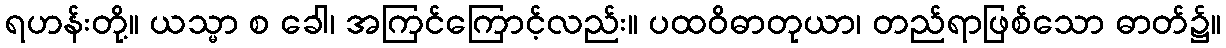
ရဟန်းတို့။ ယသ္မာ စ ခေါ၊ အကြင်ကြောင့်လည်း။ ပထဝိဓာတုယာ၊ တည်ရာဖြစ်သော ဓာတ်၌။